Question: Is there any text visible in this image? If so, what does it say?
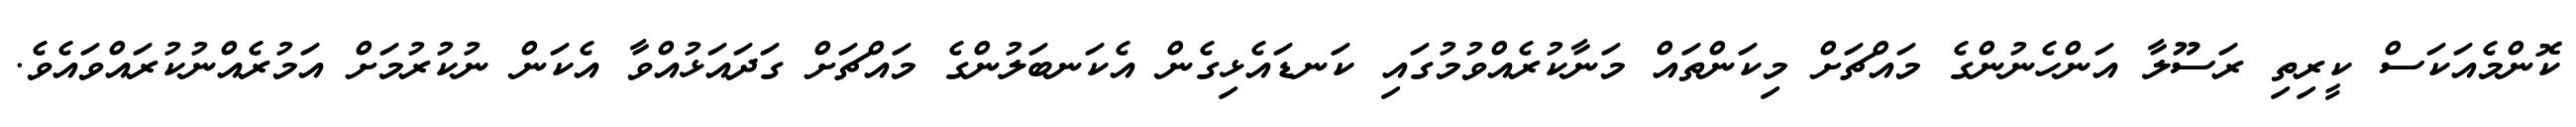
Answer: ކޮންމެއަކަސް ކީރިތި ރަސޫލާ އަންހެނުންގެ މައްޗަށް މިކަންތައް މަނާކުރެއްވުމުގައި ކަނޑައެޅިގެން އެކަނބަލުންގެ މައްޗަށް ގަދައަޅުއްވާ އެކަން ނުކުރުމަށް އަމުރެއްނުކުރައްވައެވެ.